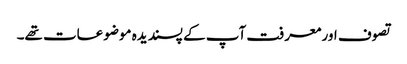
تصوف اور معرفت آپ کے پسندیدہ موضوعات تھے۔